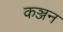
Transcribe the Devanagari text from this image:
कञ्जन